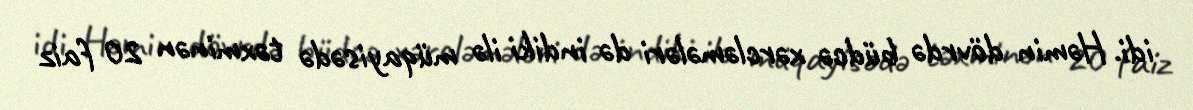
idi. Həmin dövrdə büdcə xərcləmələri də indiki ilə müqayisədə təxminən 20 faiz